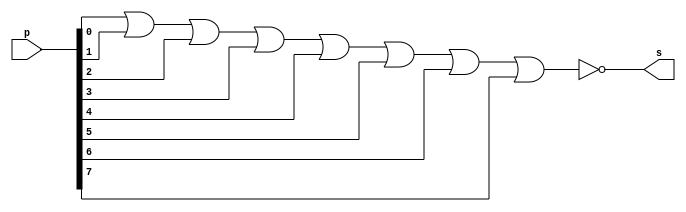
// ------------------------- 
//--Definir e testar um mdulo com uma expresso envolvendo portas 
//--de um circuito capaz de receber um byte e 
//--retornar 1, se todos os seus bits forem iguais a 0.   
//----------------------------- 
// Extra01 -circuito01 
// Nome: Milton costa teles da silva
// ------------------------- 
// ------------------------- 
// -- nor gate 
// -------------------------
module norgate ( output s,  input[7:0]p);
  assign s = ~(p[0]|p[1]|p[2]|p[3]|p[4]|p[5]|p[6]|p[7]);
endmodule // norgate 
//--------------------
//-- test nor gate
//--------------------
module testnorgate;
// ------------------------- dados locais 
  reg [7:0]a; // definir registradores 
  wire s; // definir conexao (fio) 
// ------------------------- instancia 
  norgate NOR1 (s,a);  
// ------------------------- preparacao 
  initial begin:start
    a=8'b00000000; 
  end 
// ------------------------- parte principal 
  initial begin:main
    $display("Extra01 -  Milton teles da silva - 002751"); 
    $display("Test circuito gate"); 
 $display("\na b c d e f g h = s\n");
	$monitor("%8b  = %b",a,s);
		#1 a=8'b00000001;
		#1 a=8'b00000010;
		#1 a=8'b00000100;
		#1 a=8'b00001000;
		#1 a=8'b00010000;
		#1 a=8'b00100000;
		#1 a=8'b01000000;
		#1 a=8'b10000000;
		#1 a=8'b00000011;
		#1 a=8'b00000110;
		#1 a=8'b00001100;
		#1 a=8'b00011000;
		#1 a=8'b00110000;
		#1 a=8'b01100000;
		#1 a=8'b11000000;
		#1 a=8'b00000101;
		#1 a=8'b00001010;
		#1 a=8'b00010100;
		#1 a=8'b00101000;
		#1 a=8'b01010000;
		#1 a=8'b10100000;
		#1 a=8'b00001001;
		#1 a=8'b00010010;
		#1 a=8'b00100100;
		#1 a=8'b01001000;
		#1 a=8'b10010000;
		#1 a=8'b00010001;
		#1 a=8'b00100010;
		#1 a=8'b01000100;
		#1 a=8'b10001000;
		#1 a=8'b00100001;
		#1 a=8'b01000010;
		#1 a=8'b10000100;
		#1 a=8'b01000001;
		#1 a=8'b10000010;
		#1 a=8'b10000001;
  end 
endmodule // circuito